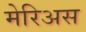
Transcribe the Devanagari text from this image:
मेरिअस